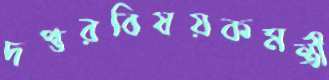
দপ্তরবিষয়কমন্ত্রী